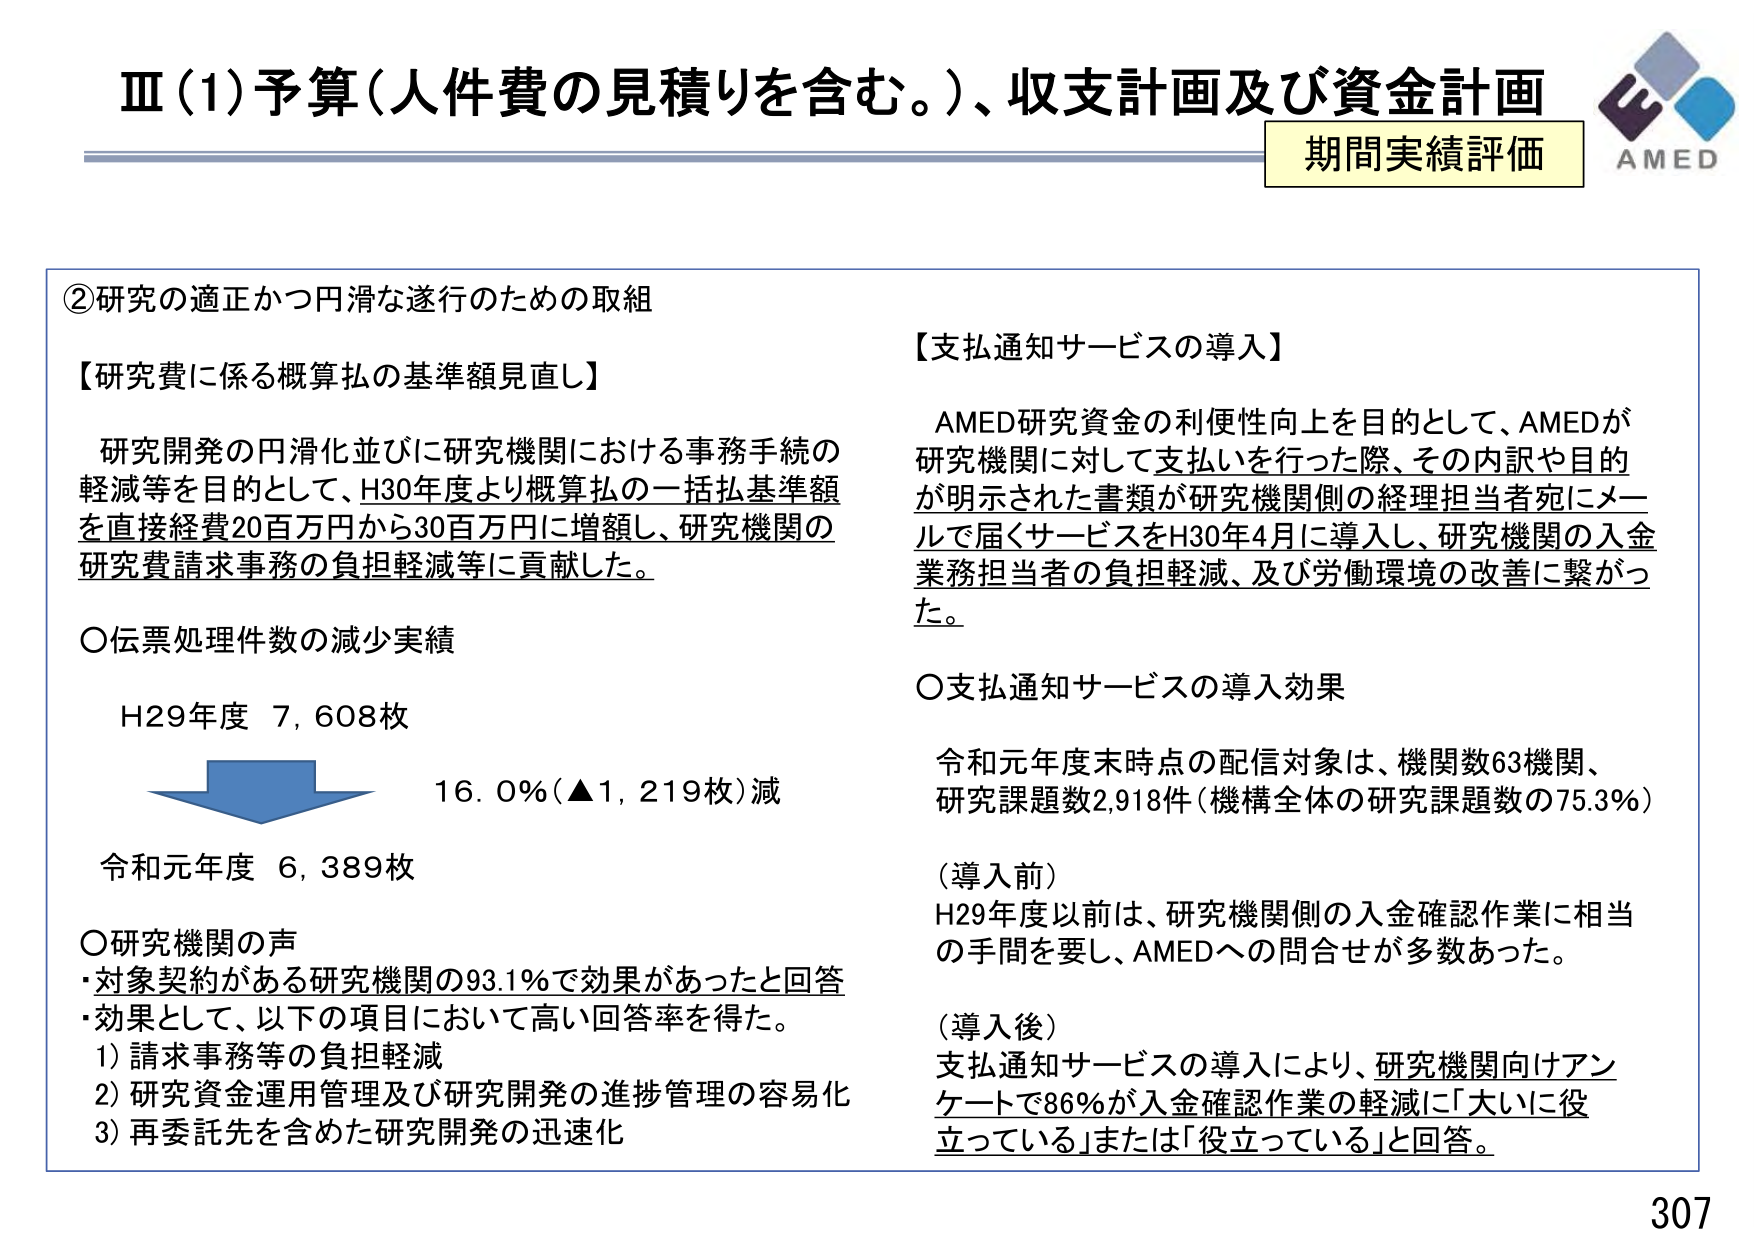
Ⅲ(1)予算（人件費の見積りを含む。）、収支計画及び資金計画
期間実績評価
AMED

②研究の適正かつ円滑な遂行のための取組

【研究費に係る概算払の基準額見直し】
研究開発の円滑化並びに研究機関における事務手続の軽減等を目的として、H30年度より概算払の一括払基準額を直接経費20百万円から30百万円に増額し、研究機関の研究費請求事務の負担軽減等に貢献した。

○伝票処理件数の減少実績
H29年度 7,608枚
16.0％（▲1,219枚）減
令和元年度 6,389枚

○研究機関の声
・対象契約がある研究機関の93.1％で効果があったと回答
・効果として、以下の項目において高い回答率を得た。
1）請求事務等の負担軽減
2）研究資金運用管理及び研究開発の進捗管理の容易化
3）再委託先を含めた研究開発の迅速化

【支払通知サービスの導入】
AMED研究資金の利便性向上を目的として、AMEDが研究機関に対して支払いを行った際、その内訳や目的が明示された書類が研究機関側の経理担当者宛にメールで届くサービスをH30年4月に導入し、研究機関の入金業務担当者の負担軽減、及び労働環境の改善に繋がった。

○支払通知サービスの導入効果
令和元年度末時点の配信対象は、機関数63機関、研究課題数2,918件（機構全体の研究課題数の75.3％）

（導入前）
H29年度以前は、研究機関側の入金確認作業に相当の手間を要し、AMEDへの問合せが多数あった。

（導入後）
支払通知サービスの導入により、研究機関向けアンケートで86％が入金確認作業の軽減に「大いに役立っている」または「役立っている」と回答。

307